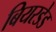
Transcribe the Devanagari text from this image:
बियरडेड